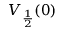
V _ { \frac { 1 } { 2 } } ( 0 )